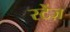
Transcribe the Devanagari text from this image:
स्टेंज़